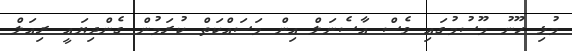
މުޅި ހޫނު މޫސުމުގައި ވެސް އާސެނަލް އިން މަސައްކަތް ކުރަމުން ގެންދިޔައީ ރިއަލް